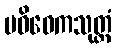
ပဝိဝေကသုတ္တံ